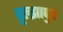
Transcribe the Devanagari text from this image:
तुल्झापुर